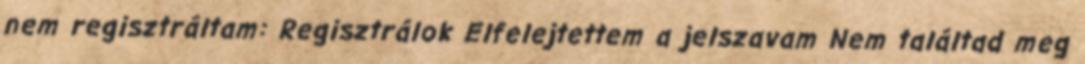
nem regisztráltam: Regisztrálok Elfelejtettem a jelszavam Nem találtad meg